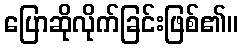
ပြောဆိုလိုက်ခြင်းဖြစ်၏။